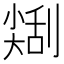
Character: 𠟥